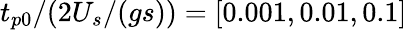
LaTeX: t_{p0}/(2U_{s}/(gs))=[0.001,0.01,0.1]